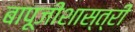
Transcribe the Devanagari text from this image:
बापूजीशास्त्री